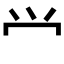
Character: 𰃮